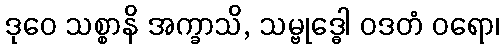
ဒုဝေ သစ္စာနိ အက္ခာသိ, သမ္ဗုဒ္ဓေါ ဝဒတံ ဝရော၊